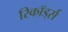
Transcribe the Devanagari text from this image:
रिकॉड्‌र्स